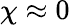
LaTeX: \chi\approx 0